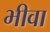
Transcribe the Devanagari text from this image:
भीवा